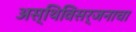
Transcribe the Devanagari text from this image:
अस्थिविसर्जनाचा